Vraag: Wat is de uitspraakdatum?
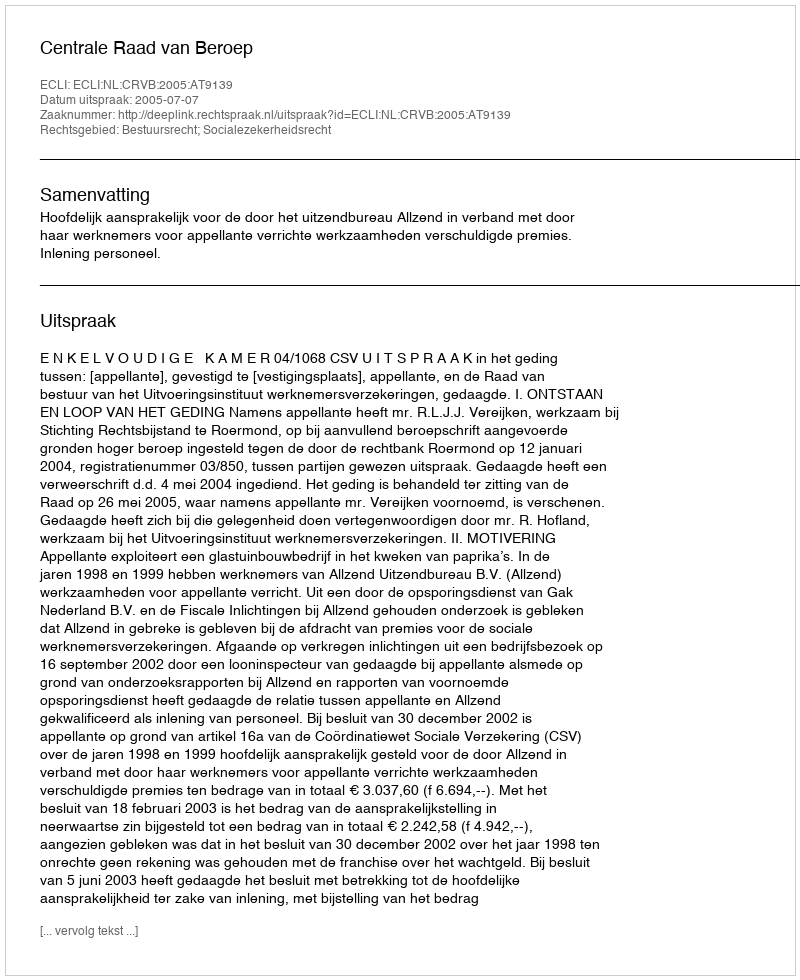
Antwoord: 2005-07-07